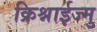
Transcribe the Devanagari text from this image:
क्रिश्नाईज्मु